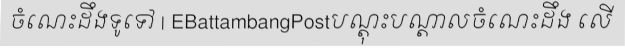
ចំណេះដឹងទូទៅ | EBattambangPostបណ្តុះបណ្តាលចំណេះដឹង លើ